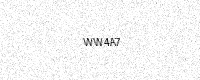
Text: WW4A7